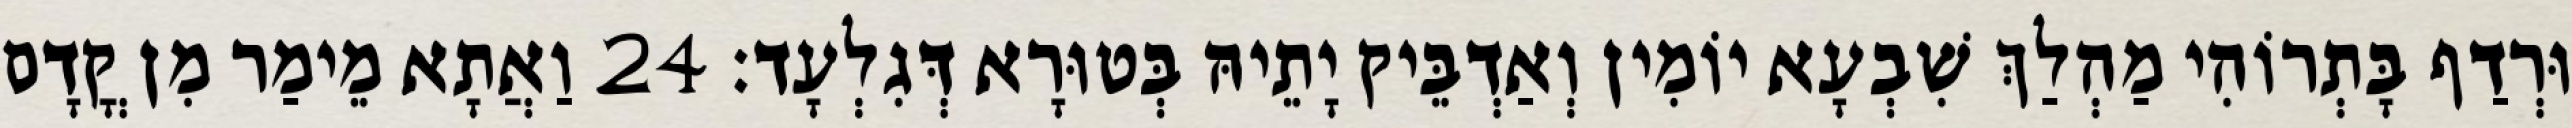
וּרְדַף בָּתְרוֹהִי מַהְלַךְ שִׁבְעָא יוֹמִין וְאַדְבֵּיק יָתֵיהּ בְּטוּרָא דְּגִלְעָד׃ 24 וַאֲתָא מֵימַר מִן קֳדָם